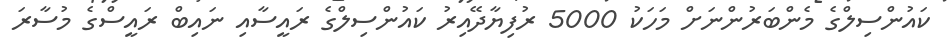
ކައުންސިލްގެ މެންބަރުންނަށް މަހަކު 5000 ރުފިޔާދޭއިރު ކައުންސިލްގެ ރައީސާއި ނައިބް ރައީސްގެ މުސާރަ